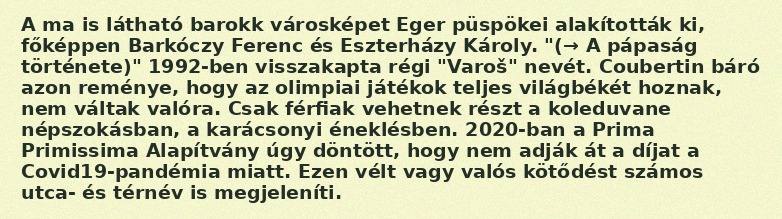
A ma is látható barokk városképet Eger püspökei alakították ki, főképpen Barkóczy Ferenc és Eszterházy Károly. "(→ A pápaság története)" 1992-ben visszakapta régi "Varoš" nevét. Coubertin báró azon reménye, hogy az olimpiai játékok teljes világbékét hoznak, nem váltak valóra. Csak férfiak vehetnek részt a koleduvane népszokásban, a karácsonyi éneklésben. 2020-ban a Prima Primissima Alapítvány úgy döntött, hogy nem adják át a díjat a Covid19-pandémia miatt. Ezen vélt vagy valós kötődést számos utca- és térnév is megjeleníti.